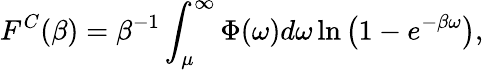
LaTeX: F^{C}(\beta)=\beta^{-1}\int_{\mu}^{\infty}\Phi(\omega)d\omega\ln\left(1-e^{-\beta\omega}\right),